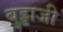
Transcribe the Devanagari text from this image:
बुड्डाजी